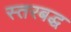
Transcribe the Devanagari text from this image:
स्तरबद्ध